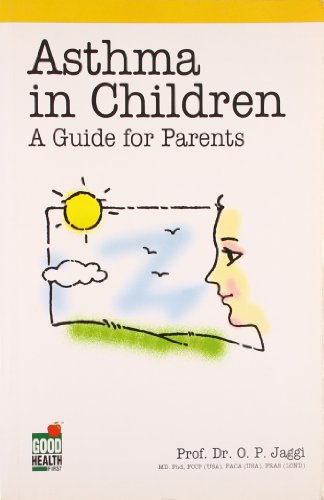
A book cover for Asthma in Children: A Guide for Parents; O.P. Jaggi; Health, Fitness & Dieting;